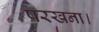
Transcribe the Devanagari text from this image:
परखना।